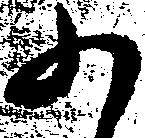
か